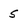
Character: 5